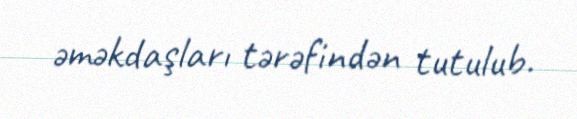
əməkdaşları tərəfindən tutulub.